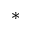
^ \ast